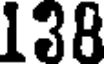
138